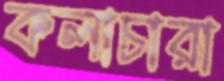
কলাচারা